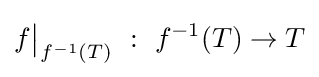
f{\big \vert }_{f^{-1}(T)}~:~f^{-1}(T)\to T